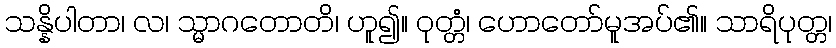
သန္နိပါတာ၊ လ၊ သ္မာဂတောတိ၊ ဟူ၍။ ဝုတ္တံ၊ ဟောတော်မူအပ်၏။ သာရိပုတ္တ၊